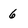
Character: 6